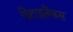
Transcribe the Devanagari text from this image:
डिटाइलेंकस